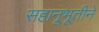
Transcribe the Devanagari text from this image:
सहानूभूतीने